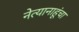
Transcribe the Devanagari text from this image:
नेत्यानाहूंचा